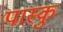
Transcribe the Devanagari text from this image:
पास्कु